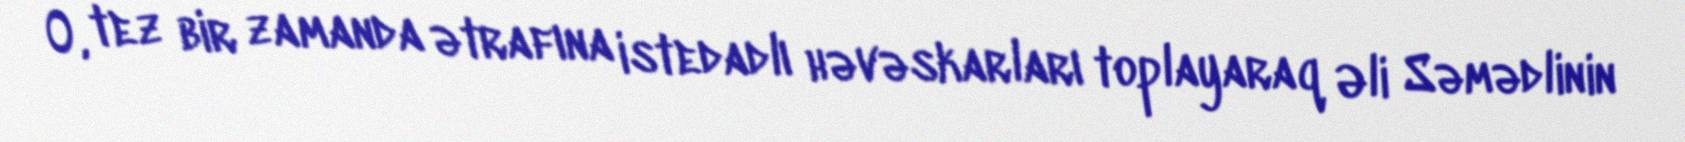
O, tez bir zamanda ətrafına istedadlı həvəskarları toplayaraq Əli Səmədlinin